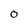
Character: 0